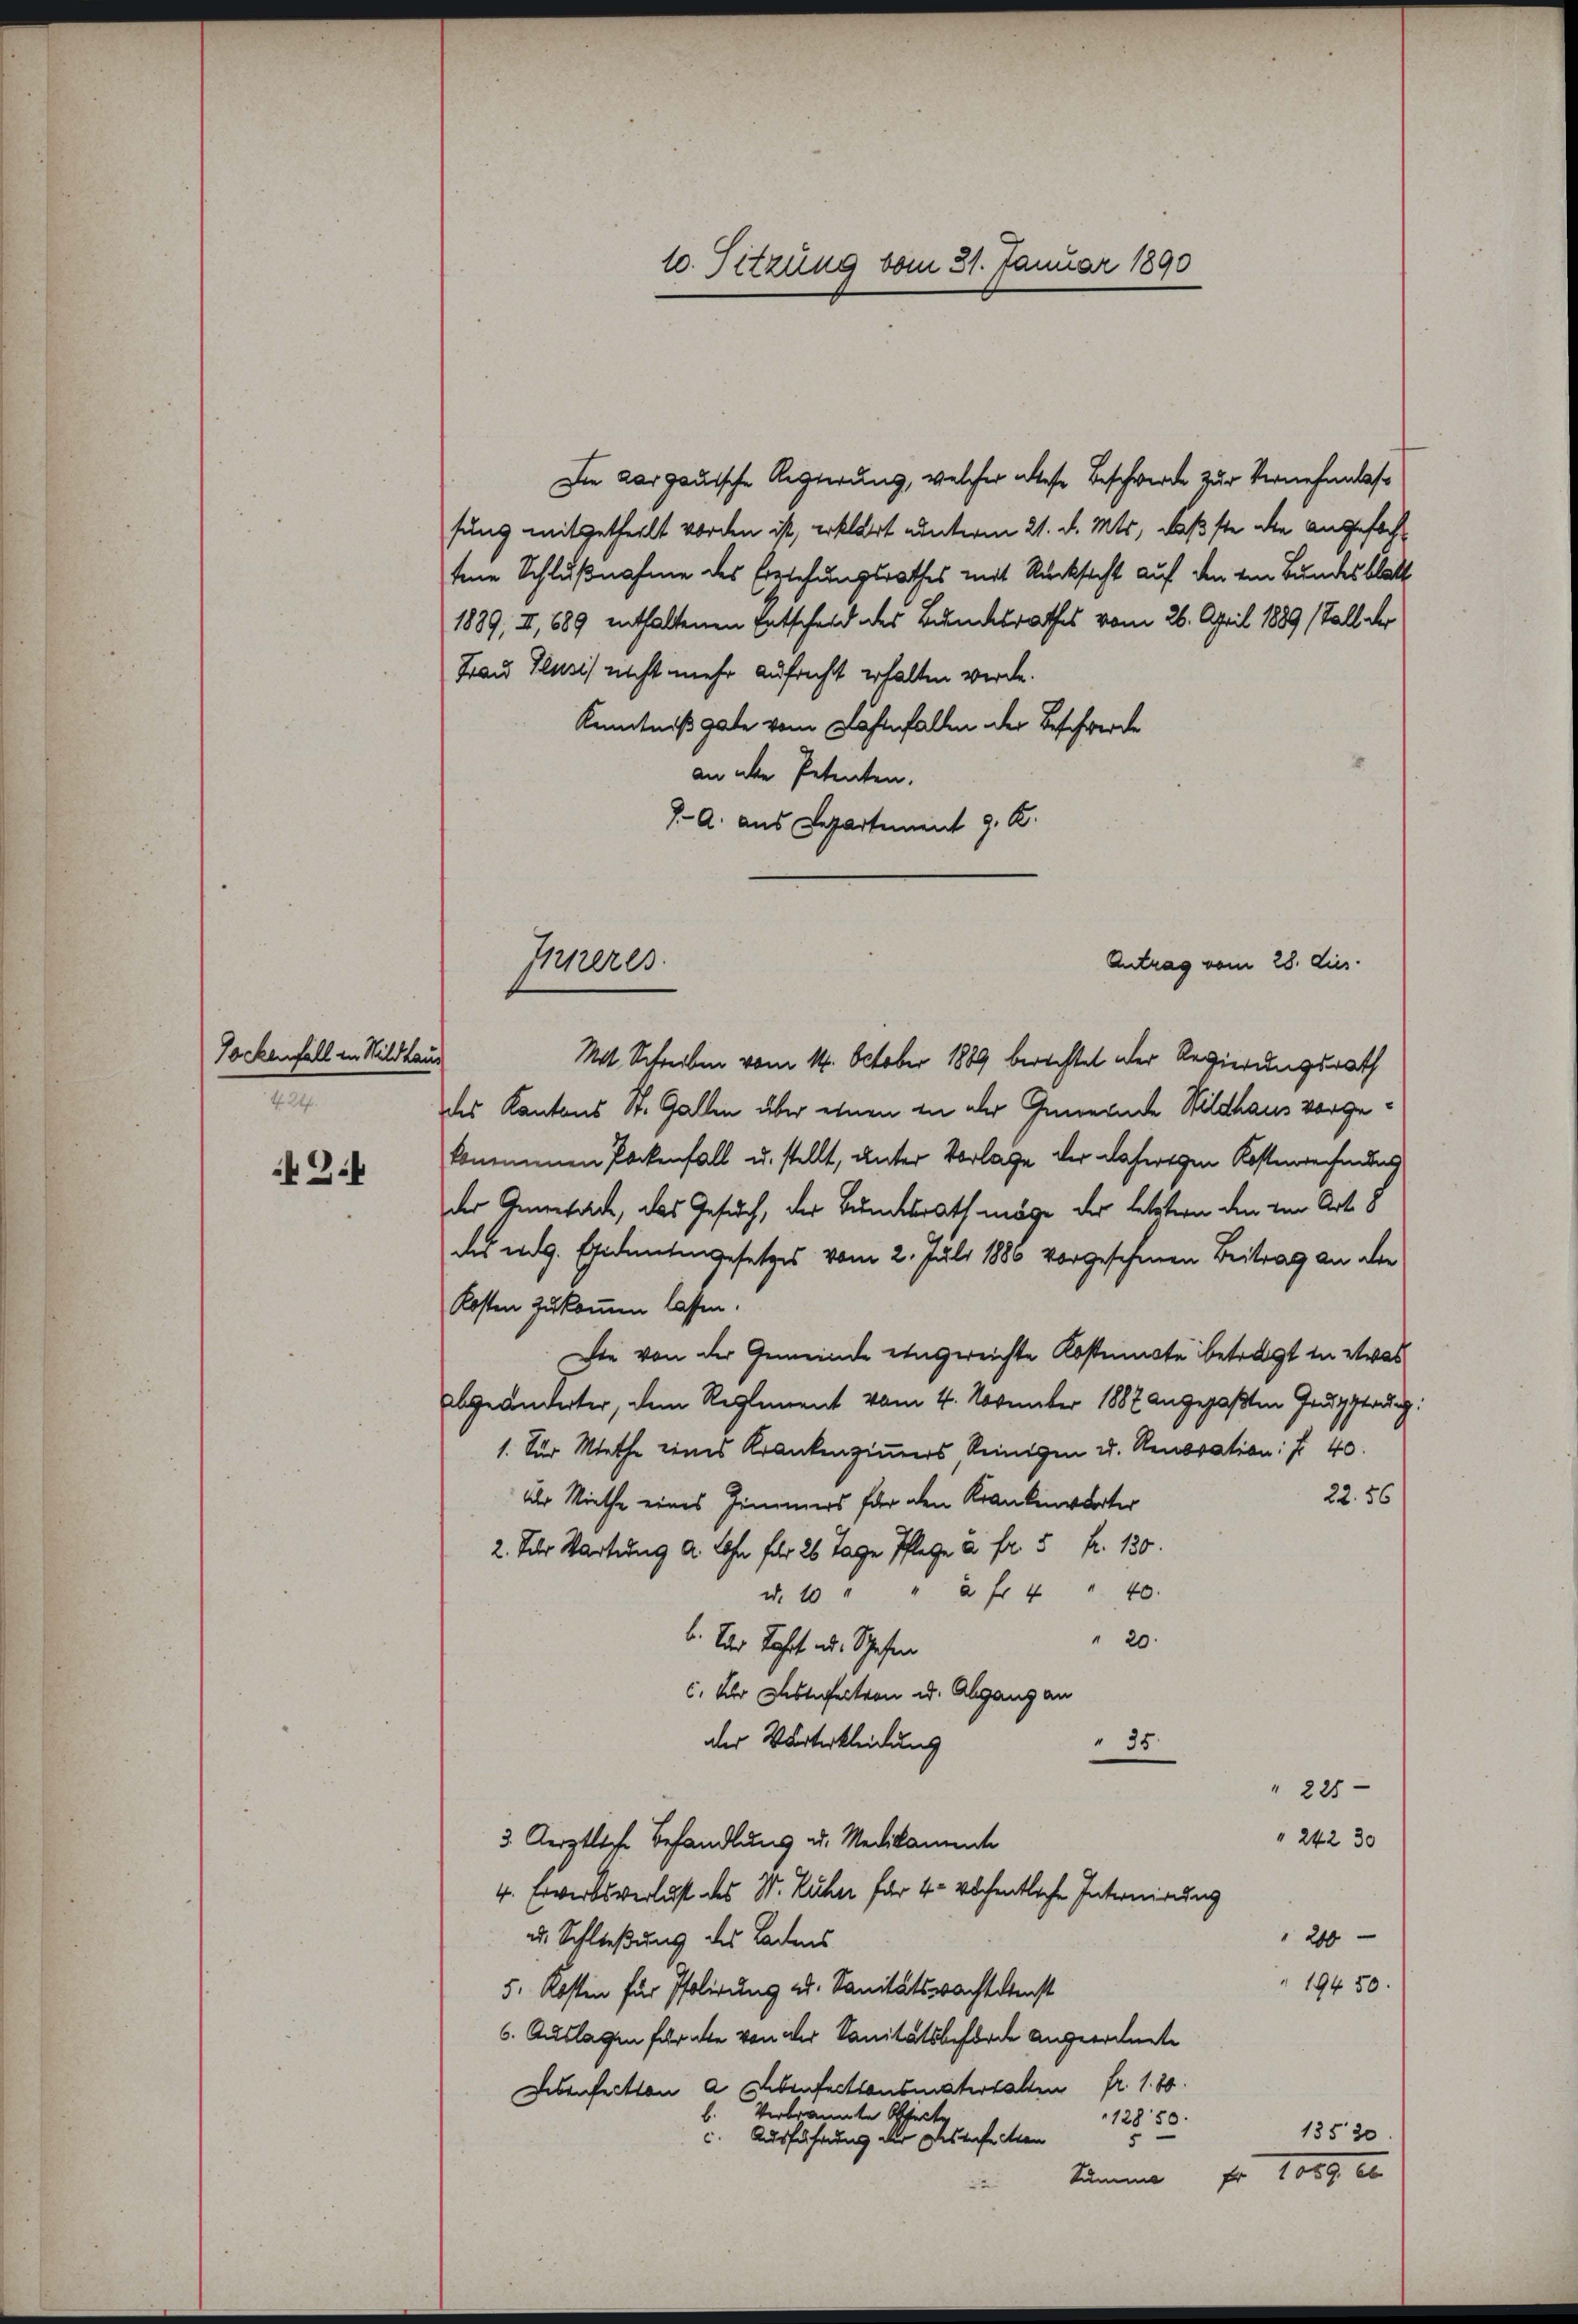
2

Tockenfall in Wildhaus
424.

10. Setzung vom 31. Januar 1890

Die aargauische Regierung, welcher diese Beschwerde zur Vernehmlassung mitgetheilt worden ist, erklärt unterm 21. d. Mts., Fasste die angefochtene Schlußnahme des Erziehungsrathes mit Rücksicht auf den im Bundesblatt
1889, II, 889 enthaltenen Entscheid des Bundesrathes vom 26. April 1889 stall der
Frau Ilusis nicht mehr aufricht erhalten werde.
Kenntniß gabe vom Nasenfallen der Beschwerde
an ihre Petenten.
7. A. aus Departement 9. K.

Inneres.
Mot. Schreiben vom 14. October 1889 berechtet der Regierungsrath
des Kantons St. Gallen über einen in der Gemeinde Wildhaus vorge¬

kommenen Packenfall u. stellt, unter Vorlage der daherigen Kosterrechnung
der Gemeinde, das Gesuch, der Bundesrath möge der letztern den von Art. 8
des mag. Eidentengesetzes vom 2. Juli 1880 vorgesehenen Beitrag an die
Kosten zukommen lassen.
Die von der Gemeinde eingereichte Kostenste betragt in etwas
abgeänderter, dem Reglement vom 4. November 1887 angepaßten Zeugsteig:
1. Für Miethe eines Krankenzimmers Reinigen u. Renovation: fr 40.
22. 56
Uhr Miethe eines Zimmers für den Krankenwärter
2. Jahr Wartung d. Lohn für 26 Tage Pflege à Fr. 5 fr. 130.
d. 10 " " 2 f 4 " 40.
20.
b. Der Fahrt aus Schafen
6. Der Restehention u. Abgang an
der Worterkleidung
" 35.
" 225
" 242 30
3. Aerztliche Behandlung u. Medikamente
4. Erwerksverlust des W. Rucher für 4 wöchentliche Internirung
u. Schließung des Badens
200
19450
5. Kosten für Polirung u. Sanitätsprachtetenst
6. Auslagen für die von der Sanitätsbehörde angeordnete
Lebenheitten a. Ebenfactionsmaterhalten fr. 1. 80
Verbrannte Offerte
b.
12850.
13520
c. Ausführung der Abstufe Men
kämme Fr. 1889 e

Antrag vom 28. dies